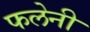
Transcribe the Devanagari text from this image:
फलेनी